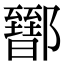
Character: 𨟕